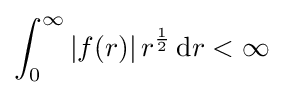
\int _{0}^{\infty }|f(r)|\,r^{\frac {1}{2}}\,\mathrm {d} r<\infty